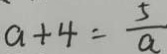
a + 4 = \frac { 5 } { a }